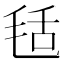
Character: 𣭪